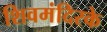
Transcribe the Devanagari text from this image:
शिवमंदिरके